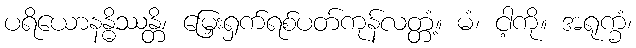
ပရိယောနန္ဓိဿန္တိ၊ မြှေးရှက်ရစ်ပတ်ကုန်လတ္တံ့။ မံ၊ ငါ့ကို။ အရုက္ခံ၊